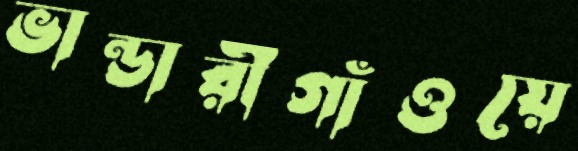
ভান্ডারীগাঁওয়ে